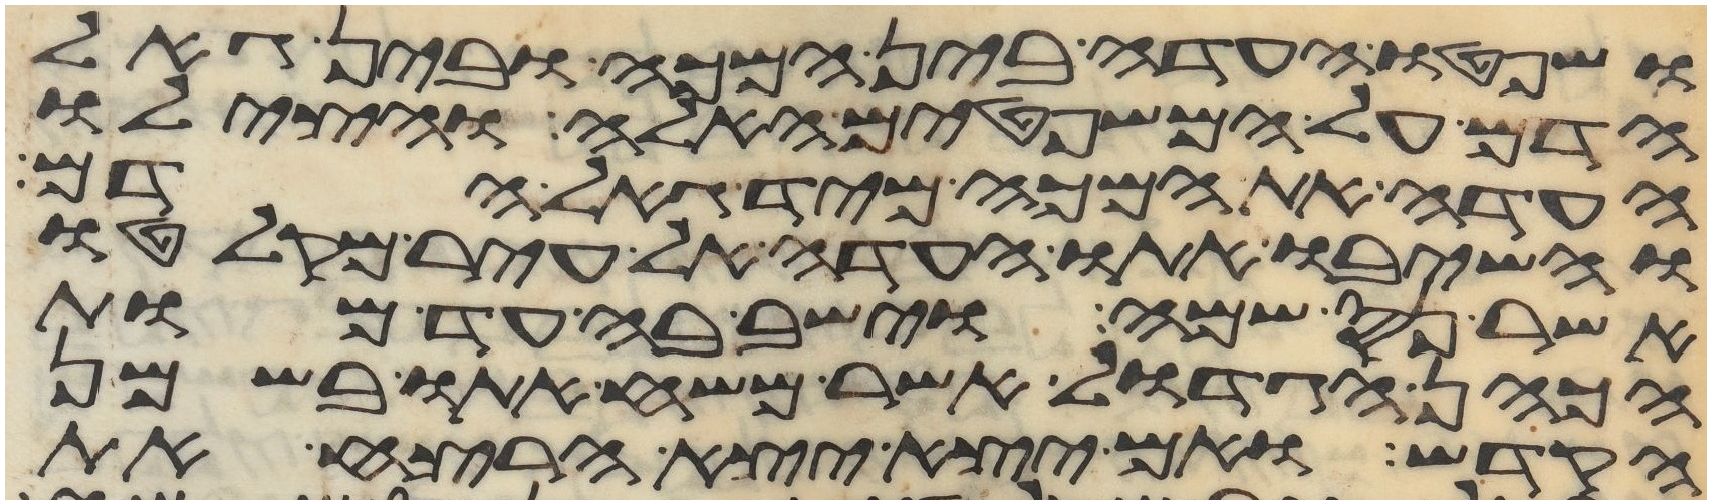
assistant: ושפטו העדה בין המכה ובין גאל
הדם על המשפטים האלה והצילו
העדה את המכה מיד גאל הדם
והשיבו אתו העדה אל עיר מקלטו
אשר נס שמה וישב בה עד מות
הכהן הגדול אשר משח אתו בשמן
הקדש ואם יצא יצא הרצח את